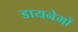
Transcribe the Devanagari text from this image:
डायनेमों